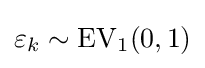
\varepsilon _{k}\sim \operatorname {EV} _{1}(0,1)